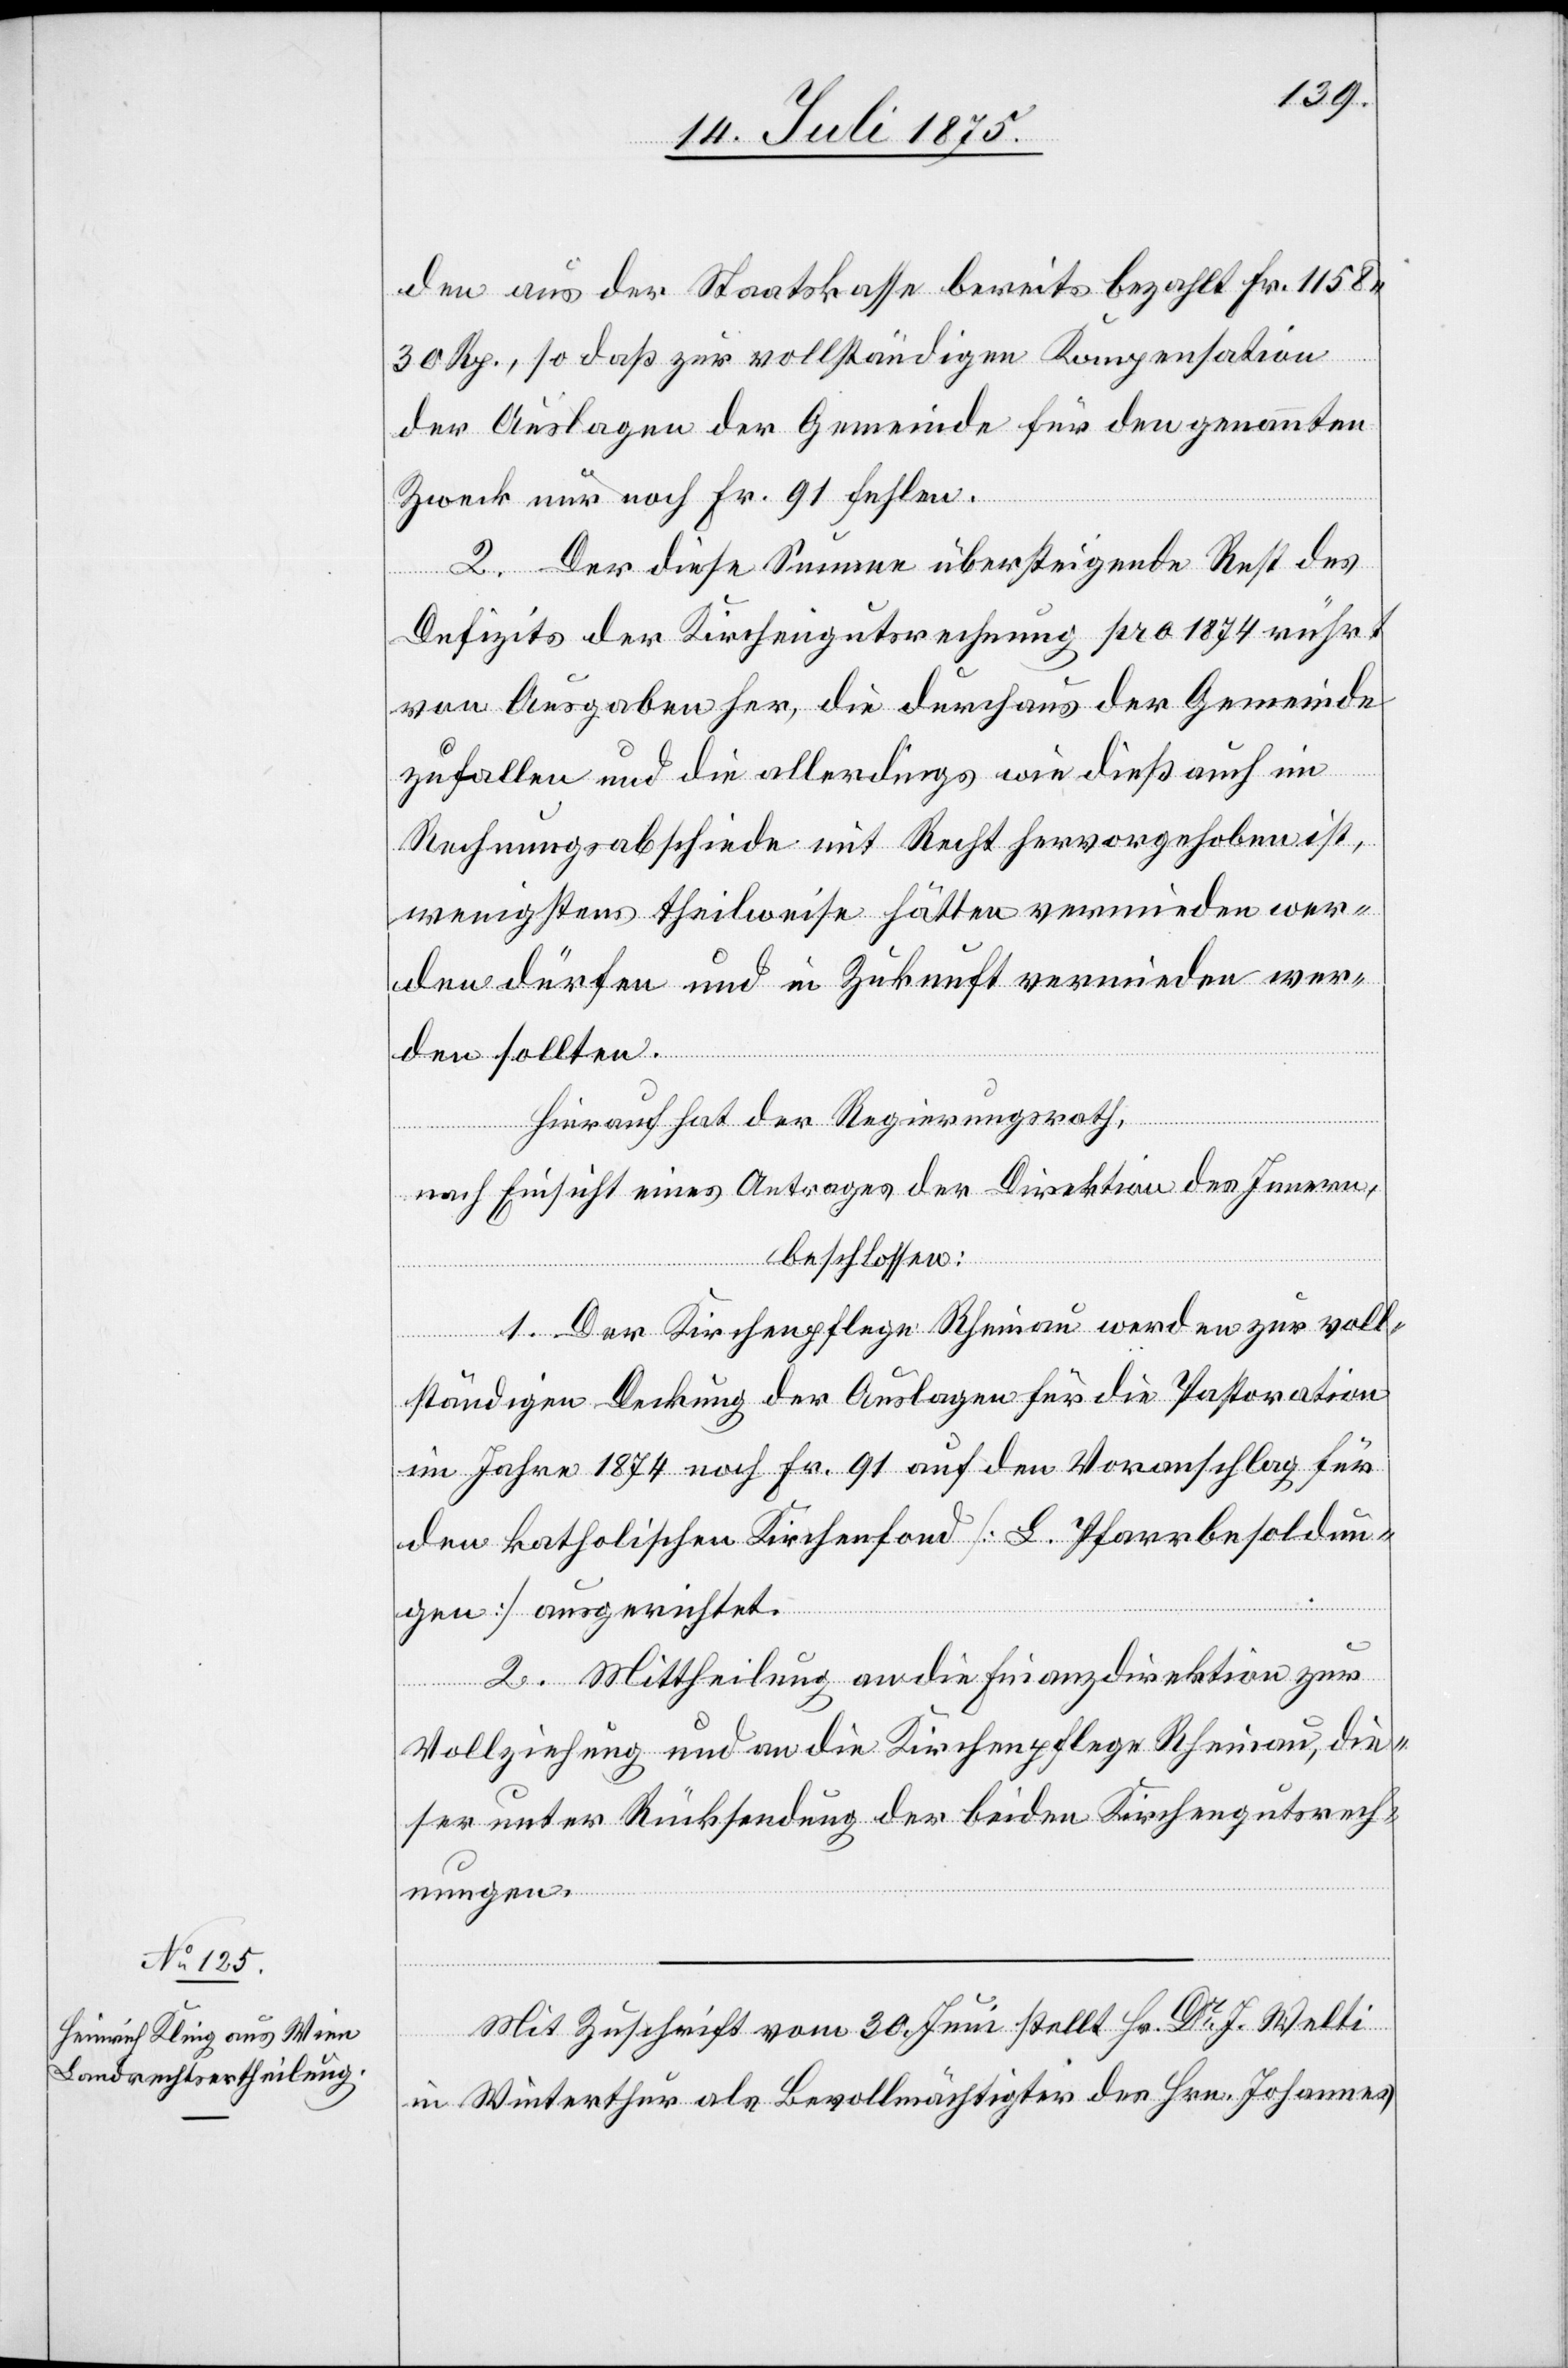
den aus der Staatskasse bereits bezahlt Fr. 1158
30 Rp., so daß zur vollständigen Kompensation
der Auslagen der Gemeinde für den genannten
Zweck nur noch Fr. 91 fehlen.
2. Der diese Summe übersteigende Rest des
Defizits der Kirchengutsrechnung pro 1874 rührt
von Ausgaben her, die durchaus der Gemeinde
zufallen und die allerdings wie dieß auch im
Rechnungsabschiede mit Recht hervorgehoben ist,
wenigstens theilweise hätten vermieden wer¬
den dürfen und in Zukunft vermieden wer¬
den sollten.
Hierauf hat der Regierungsrath,
nach Einsicht eines Antrages der Direktion des Innern,
beschlossen:
1. Der Kirchenpflege Rheinau werden zur voll¬
ständigen Deckung der Auslagen für die Pastoration
im Jahre 1874 noch Fr. 91 auf den Voranschlag für
den katholischen Kirchenfond [Pfarrbesoldun¬
gen] ausgerichtet.
2. Mittheilung an die Finanzdirektion zur
Vollziehung und an die Kichenpflege Rheinau, die¬
ser unter Rücksendung der beiden Kirchengutsrech¬
nungen.
Mit Zuschrift vom 30. Juni stellt Hr. Dr J. Welti
in Winterthur als Bevollmächtigter des Hrn. Johannes